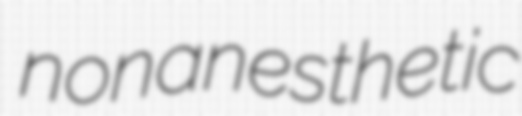
nonanesthetic